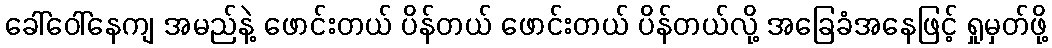
ခေါ်ဝေါ်နေကျ အမည်နဲ့ ဖောင်းတယ် ပိန်တယ် ဖောင်းတယ် ပိန်တယ်လို့ အခြေခံအနေဖြင့် ရှုမှတ်ဖို့